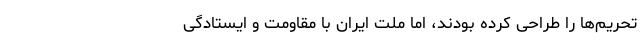
تحریم‌ها را طراحی کرده بودند، اما ملت ایران با مقاومت و ایستادگی